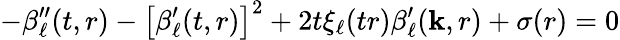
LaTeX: -\beta_{\ell}^{\prime\prime}(t,r)-\left[\beta_{\ell}^{\prime}(t,r)\right]^{2}+2t\xi_{\ell}(tr)\beta_{\ell}^{\prime}(\mathbf{k},r)+\sigma(r)=0